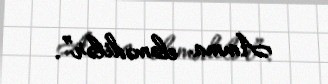
Amma eləmədilər”.